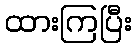
ထားကြပြီး